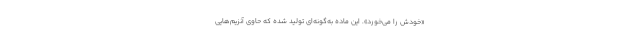
«خودش را می‌خورد». این ماده به‌گونه‌ای تولید شده که حاوی آنزیم‌هایی